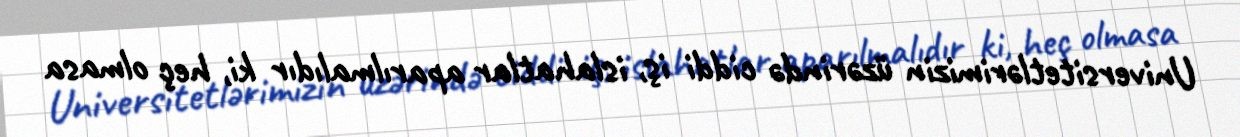
Universitetlərimizin üzərində ciddi iş, islahatlar aparılmalıdır ki, heç olmasa